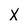
Character: X